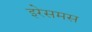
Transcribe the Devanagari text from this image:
इरेसमस